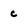
Character: c